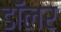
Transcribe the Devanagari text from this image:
डॉॅलर